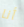
أنا